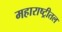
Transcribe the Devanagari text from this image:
महाराष्ट्रीतल